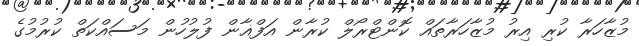
މުޒާހަރާ ކުރި އިރު މުޒާހަރާތައް ކޮންޓްރޯލް ކުރާން އަފްޣާން ފުލުހުން މަސައްކަތް ކުރުމުގެ